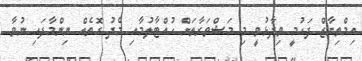
އިމްތިޔާޒް ފަހުމީ ވިދާޅުވީ މި މަޝްވަރާތަށް ހުއްޓާލުމާއި މެދު ގޮތެއް ނިންމާފައި ނުވާ